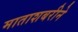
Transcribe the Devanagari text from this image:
माताशबरीने